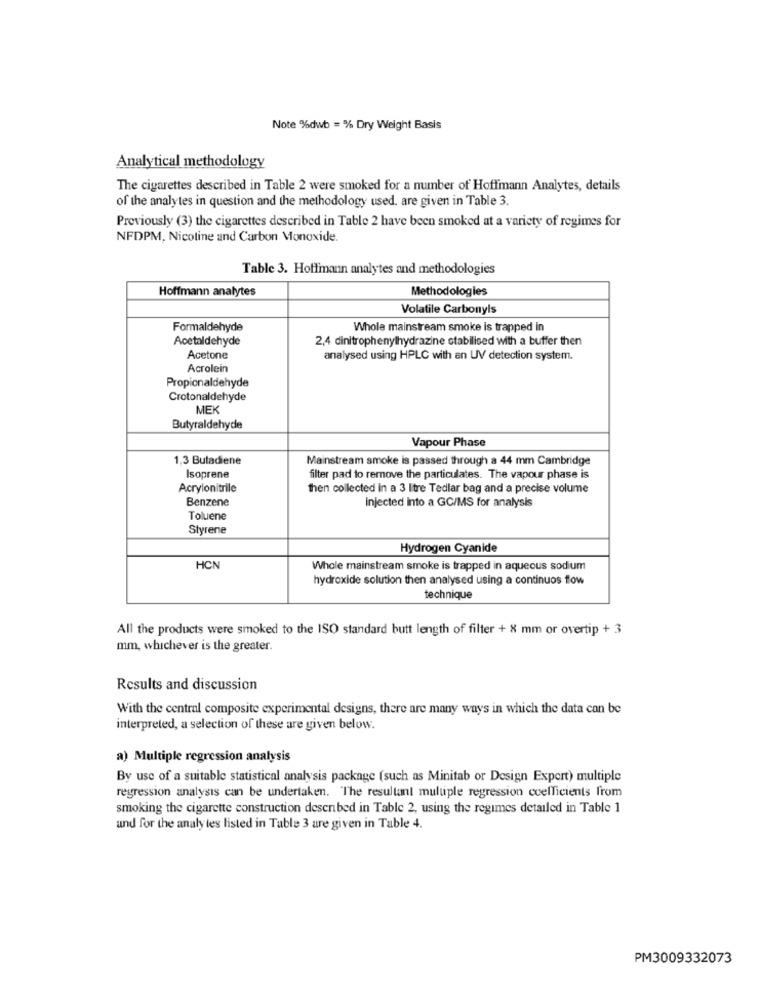
Note %dwb = % Dry Weight Basis
Analytical methodology
The cigarettes described in Table 2 were smoked for a number of Hoffmann Analytes, details
of the analytes in question and the methodology used. are given in Table 3.
Previously (3) the cigarettes described in Table 2 have been smoked at a variety of regimes for
NFDPM, Nicotine and Carbon Monoxide.
Table 3. Hoffmann analytes and methodologies
Hoffmann analytes
Methodologies
Volatile Carbonyls
Formaldehyde
Whole mainstream smoke is trapped in
Acetaldehyde
2,4 dinitrophenylhydrazine stabilised with a buffer then
Acetone
analysed using HPLC with an UV detection system.
Acrolein
Propionaldehyde
Crotonaldehyde
MEK
Butyraldehyde
Vapour Phase
1,3 Butadiene
Mainstream smoke is passed through a 44 mm Cambridge
Isoprene
filter pad to remove the particulates. The vapour phase is
Acrylonitrile
then collected in a 3 litre Tedlar bag and a precise volume
Benzene
Injected into a GC/MS for analysis
Toluene
Styrene
Hydrogen Cyanide
HCN
Whole mainstream smoke is trapped in aqueous sodium
hydroxide solution then analysed using a continuos flow
technique
All the products were smoked to the ISO standard butt length of filter + 8 mm or overtip + 3
mm, whichever is the greater.
Results and discussion
With the central composite experimental designs, there are many ways in which the data can be
interpreted, a selection of these are given below.
a) Multiple regression analysis
By use of a suitable statistical analysis package (such as Minitab or Design Expert) multiple
regression analysis can be undertaken. The resultant multiple regression coefficients from
smoking the cigarette construction desenbed in Table 2, using the regimes detailed in Table 1
and for the analy tes listed in Table 3 are given in Table 4.
PM3009332073